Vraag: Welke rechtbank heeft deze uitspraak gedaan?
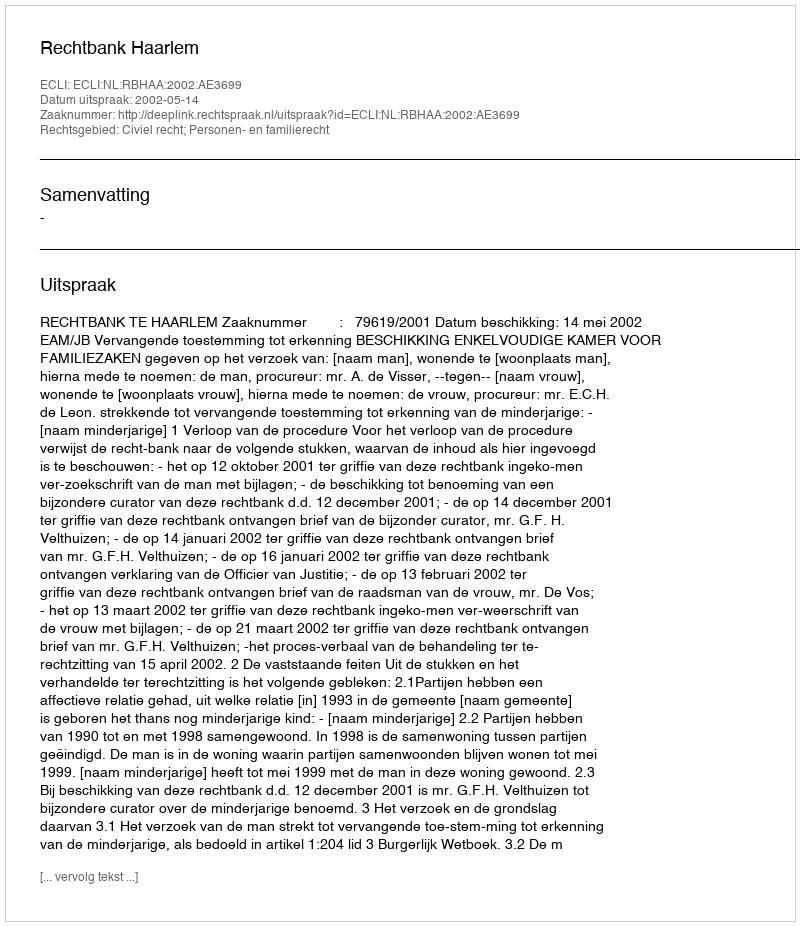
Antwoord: Rechtbank Haarlem